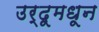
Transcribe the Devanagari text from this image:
उर्दूमधून